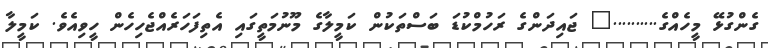
ގެންގުޅޭ މީހެއްގެ.........." ޖައިދަންގެ ރަހުމްކުޑަ ބަސްތަކުން ކަމީލާގެ މޫނުމަތީގައި އެތިފަހަރެއްޖެހިހެން ހީވިއެވެ. ކަމީލާ